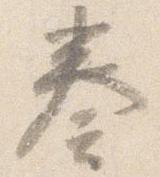
奏